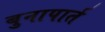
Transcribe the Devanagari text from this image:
बुनापार्त